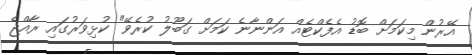
އޭރުން މިކަމަށް ބޮޑު އެފެކްޓެއް އަންނާނެ ކަމަށް ގަބޫލު ކުރެވޭ" ކުޅިވަރުގައި ރާއްޖެ